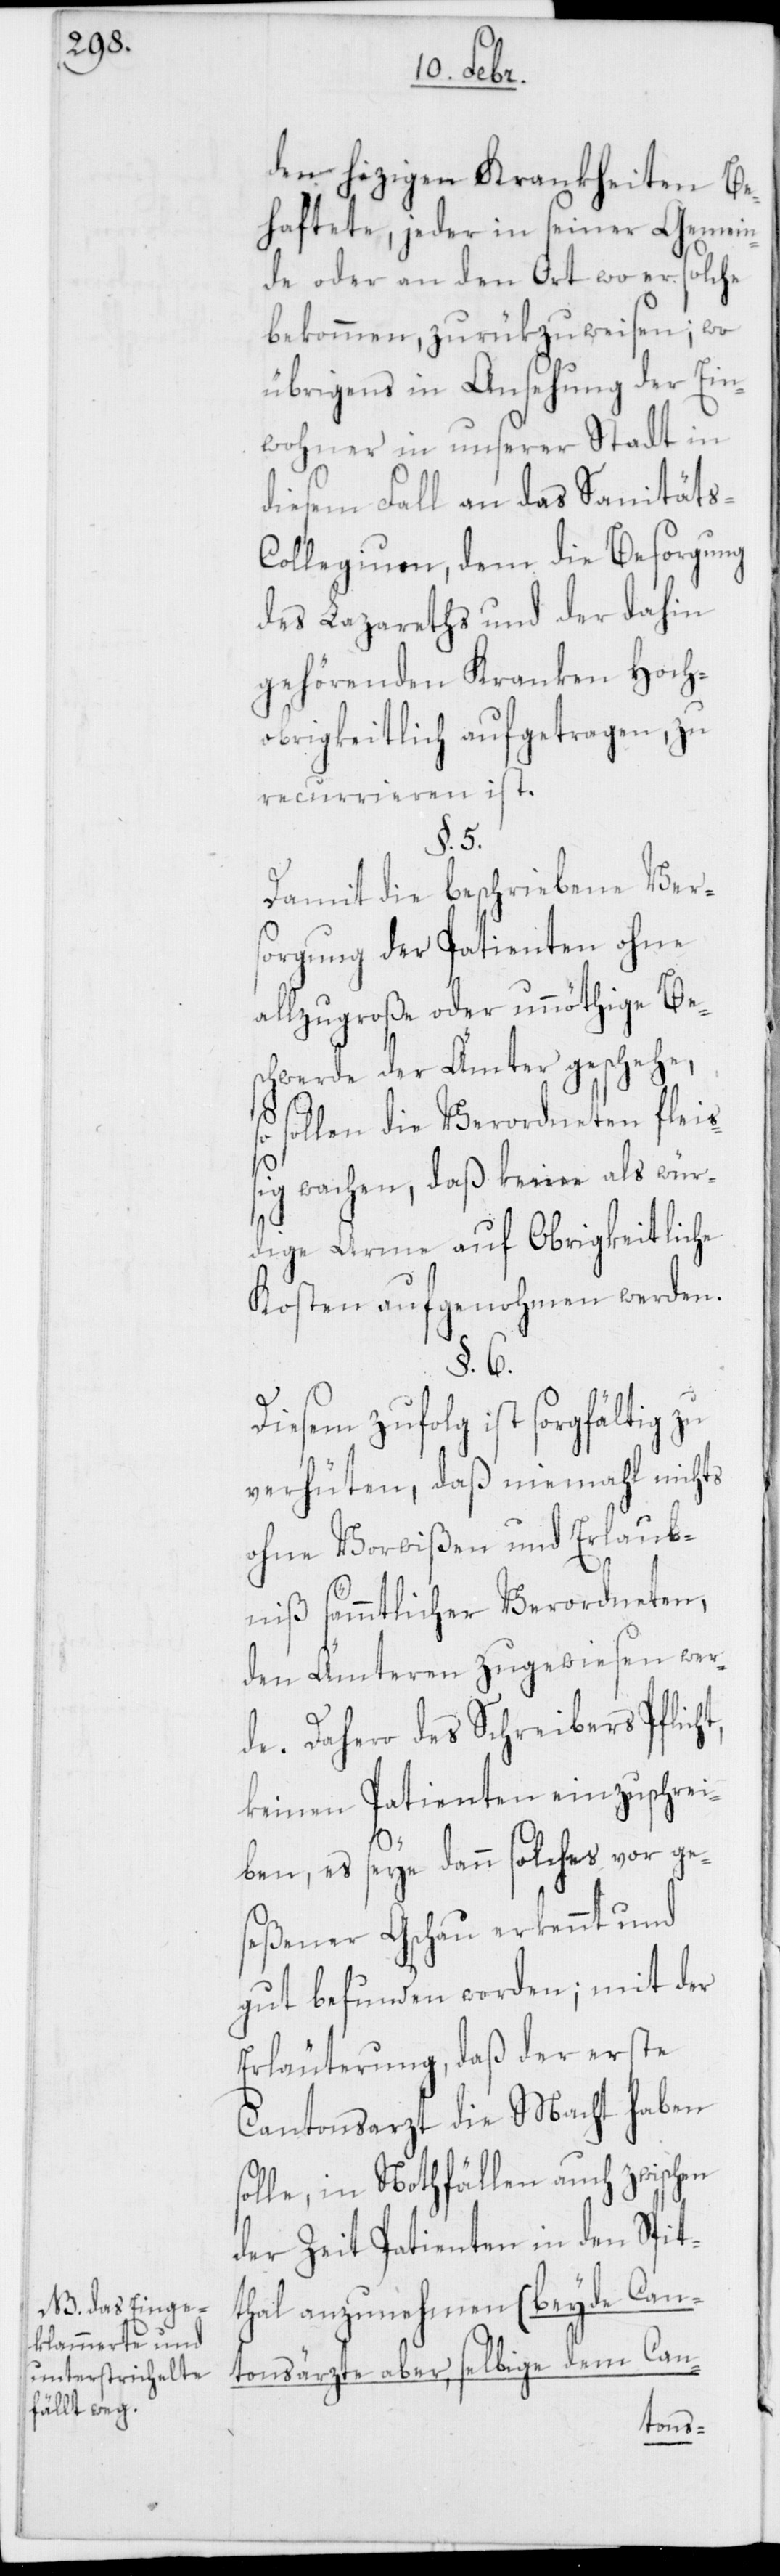
den hizigen Krankheiten Be¬
haftete, jeder in seiner Gemein¬
de oder an den Ort wo er solche
bekommen, zurükzuweisen; wo
übrigens in Ansehung der Ein¬
wohner in unserer Stadt in
diesem Fall an das Sanitäts-C¬
ollegium, dem die Besorgung
des Lazareths und der dahin
gehörenden Kranken Hoch¬
obrigkeitlich aufgetragen, zu
recurrieren ist.
§. 5.
Damit die beschriebene Vers¬
orgung der Patienten ohne
allzu große oder unnöthige Be¬
schwerde der Ämter geschehe,
sollen die Verordneten fleiß¬
ig wachen, daß keine als wür¬
dige Arme auf Obrigkeitliche
Kosten aufgenohmen werden.
§. 6.
Diesem zufolg ist sorgfältig zu
verhüten, daß niemahl nichts
ohne Vorwißen und Erlaub¬
niß sämmtlicher Verordneten,
den Ämteren zugewiesen wer¬
de. Dahero des Schreibers Pflich¬
keinen Patienten einzuschrei¬
ben, es seye dann solches vor ge¬
seßener Gschau erkennt und
gut befunden worden; mit der
Erläuterung, daß der erste
Cantonsarzt die Macht haben
solle, in Nothfällen auch zwischen
der Zeit Patienten in den Spit¬
thal anzunehmen (beyde Can¬
tonsärzte aber, selbige dem Can-
t,